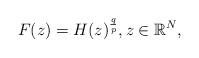
LaTeX: \begin{align*}F(z)=H(z)^\frac{q}{p},z\in\mathbb{R}^N,\end{align*}